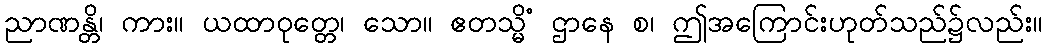
ညာဏန္တိ၊ ကား။ ယထာဝုတ္တေ၊ သော။ ဧတသ္မိံ ဌာနေ စ၊ ဤအကြောင်းဟုတ်သည်၌လည်း။